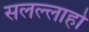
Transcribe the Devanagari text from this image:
सलल्लाहो